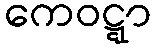
ကေဝဋ္ဋာ